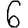
Digit: 6